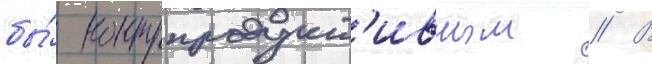
бы́ контрпродукт'ивным // В